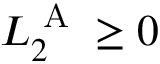
L _ { 2 } ^ { \textrm { A } } \geq 0